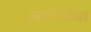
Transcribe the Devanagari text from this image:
लापोड़िया